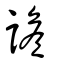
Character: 譫